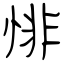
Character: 悱